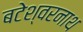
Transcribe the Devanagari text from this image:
बटेश्वरनाथ